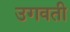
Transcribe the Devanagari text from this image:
उगवती